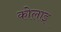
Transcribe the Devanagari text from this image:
कोलाइ